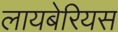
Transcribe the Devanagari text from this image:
लायबेरियस